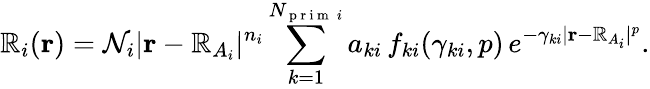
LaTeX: \mathbb{R}_{i}(\mathbf{{r}})=\mathcal{{N}}_{i}\vert\mathbf{{r}}-\mathbf{{\mathbb{R}}}_{A_{i}}\vert^{n_{i}}\sum_{k=1}^{N_{\mathrm{{~p~r~i~m~}}\, i}}a_{ki}\, f_{ki}(\gamma_{ki},p)\, e^{-\gamma_{ki}\vert\mathbf{{r}}-\mathbf{{\mathbb{R}}}_{A_{i}}\vert^{p}}.